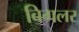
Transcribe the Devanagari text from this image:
बिगलर